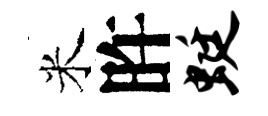
米旿蜓